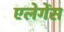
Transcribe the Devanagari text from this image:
एलेगेंस